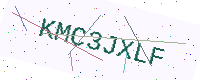
Text: KMC3JXLF